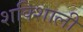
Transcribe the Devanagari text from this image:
शक्शिाली